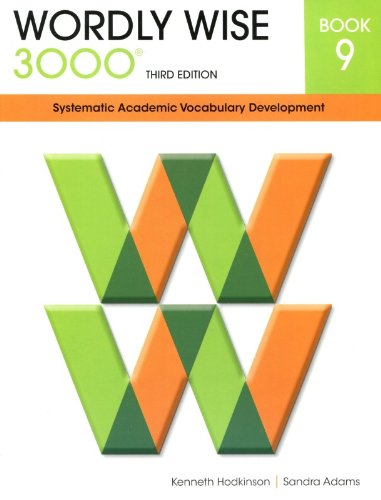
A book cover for Wordly Wise 3000 Systematic Academic Vocabulary Development Book 9, Third Edition; Kenneth Hodkinson; Reference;